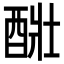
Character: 𨡈